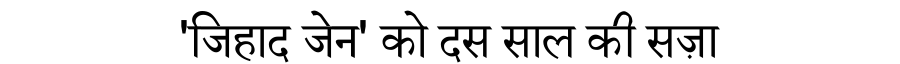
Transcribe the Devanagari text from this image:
'जिहाद जेन' को दस साल की सज़ा